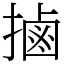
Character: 𢲸